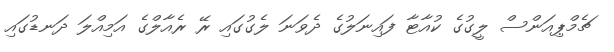
ޗެމްޕިއަންސް ލީގުގެ ކުއާޓާ ފައިނަލުގެ ދެވަނަ ލެގުގައި ރޭ ރެއާލްގެ އަމިއްލަ ދަނޑުގައި